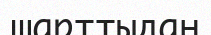
шарттыдан